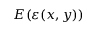
E ( \varepsilon ( x , y ) )